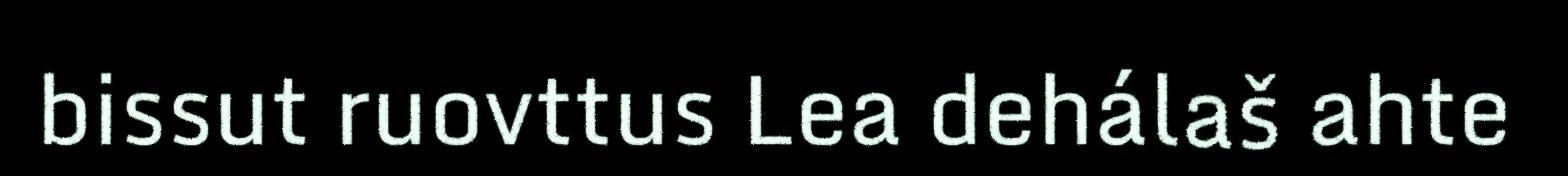
bissut ruovttus Lea dehálaš ahte